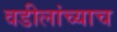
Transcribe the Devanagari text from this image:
वडीलांच्याच